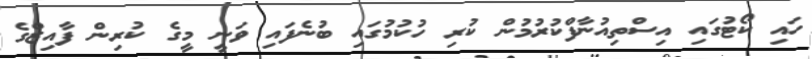
ހައި ކޯޓުގައި އިސްތިއުނާފްކުރުމުން ކުރި ހުކުމުގައި ބުނެފައި ވަނީ މީގެ ކުރިން ފާއިޒްގެ